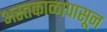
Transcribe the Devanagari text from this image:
अस्तकाळापासून